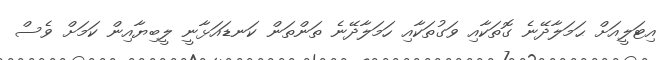
އިޓަލީއަށް ޙަމަލާދޭނެ ގޮތަކާއި ވަގުތަކާއި ހަމަލާދޭނެ ތަންތަން ކަނޑައަޅާނީ ލީބިޔާއިން ކަމަށް ވެސް